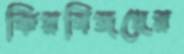
কিরগিজদের